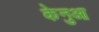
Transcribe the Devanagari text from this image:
केनुआ